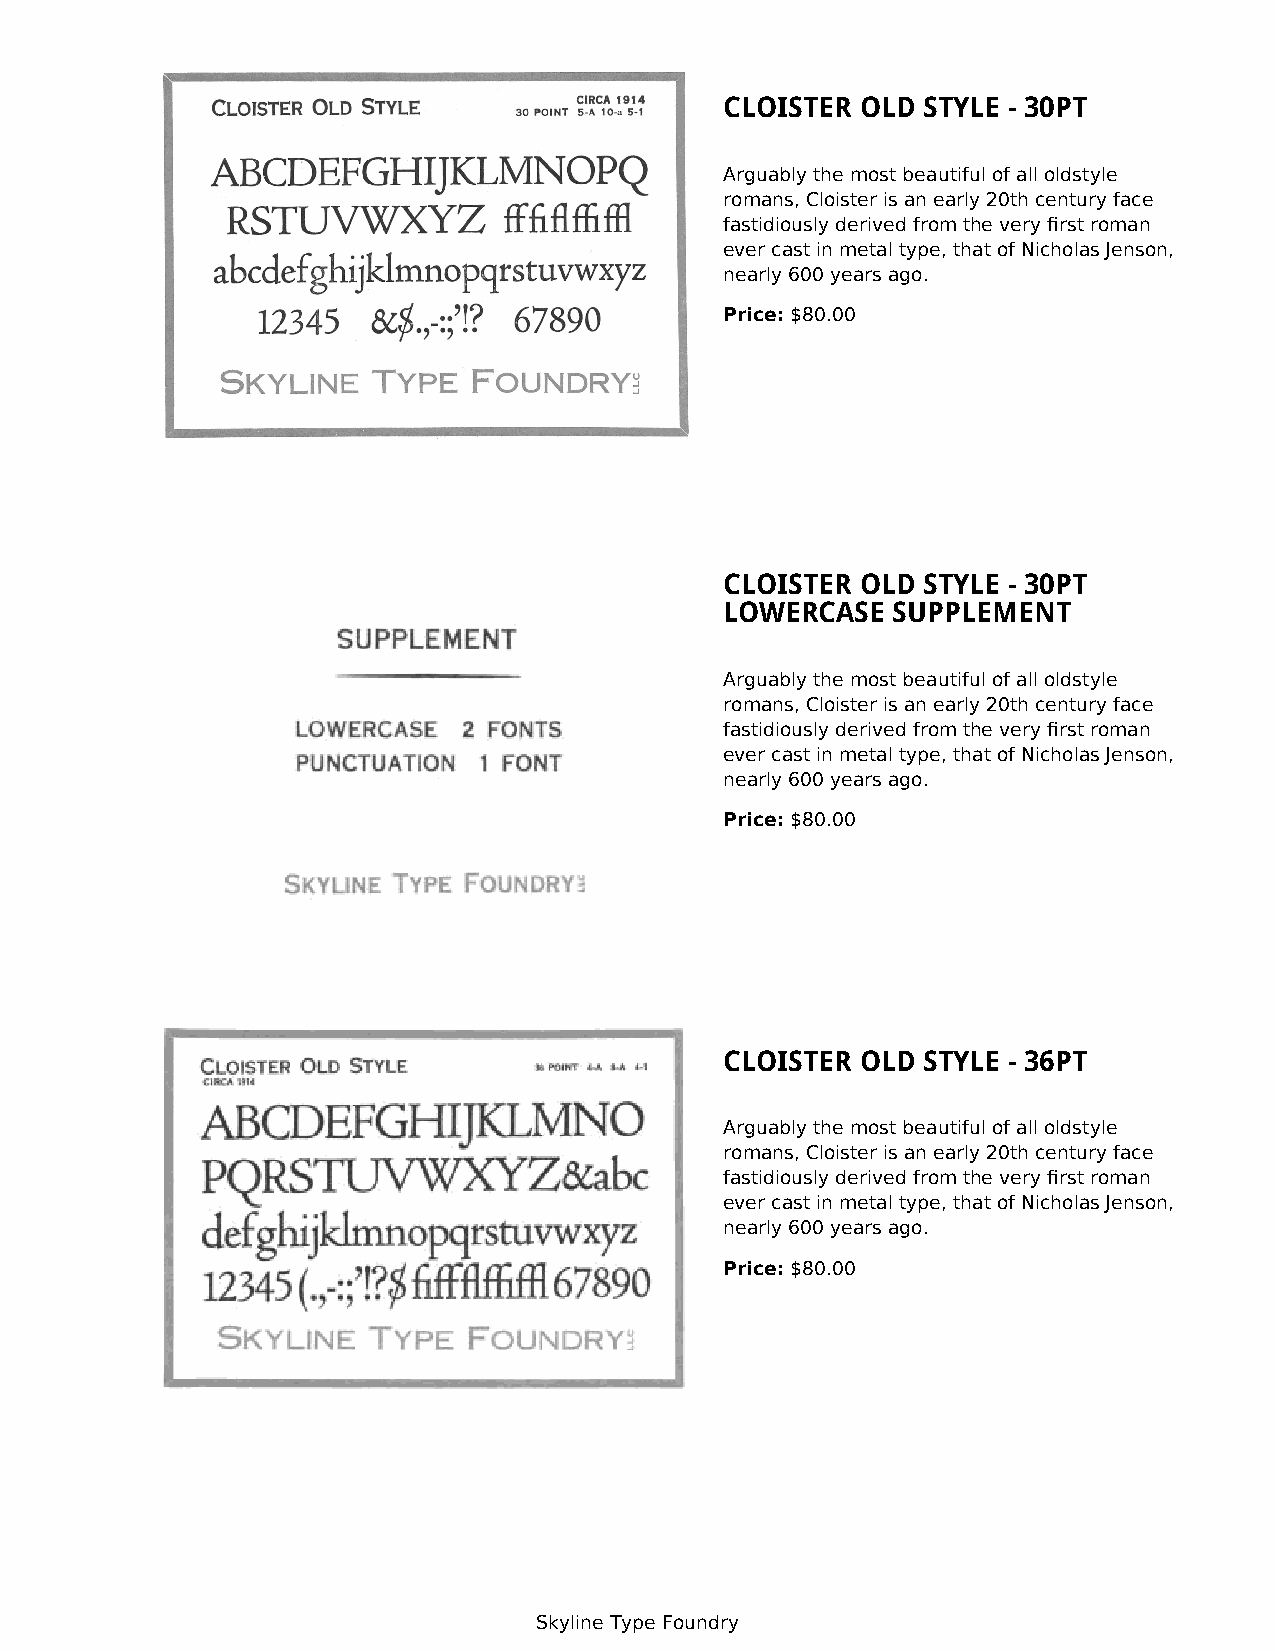
CLOISTER OLD STYLE - 30PT
 Arguably the most beautiful of all oldstyle
 romans, Cloister is an early 20th century face
 fastidiously derived from the very first roman
 ever cast in metal type, that of Nicholas Jenson,
 nearly 600 years ago.
 Price: $80.00
 CLOISTER OLD STYLE - 30PT
 LOWERCASE  SUPPLEMENT
 Arguably the most beautiful of all oldstyle
 romans, Cloister is an early 20th century face
 fastidiously derived from the very first roman
 ever cast in metal type, that of Nicholas Jenson,
 nearly 600 years ago.
 Price: $80.00
 CLOISTER OLD STYLE - 36PT
 Arguably the most beautiful of all oldstyle
 romans, Cloister is an early 20th century face
 fastidiously derived from the very first roman
 ever cast in metal type, that of Nicholas Jenson,
 nearly 600 years ago.
 Price: $80.00
 Skyline Type Foundry